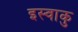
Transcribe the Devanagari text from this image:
इस्वाकु